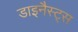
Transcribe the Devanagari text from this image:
डाइनैस्ट्स